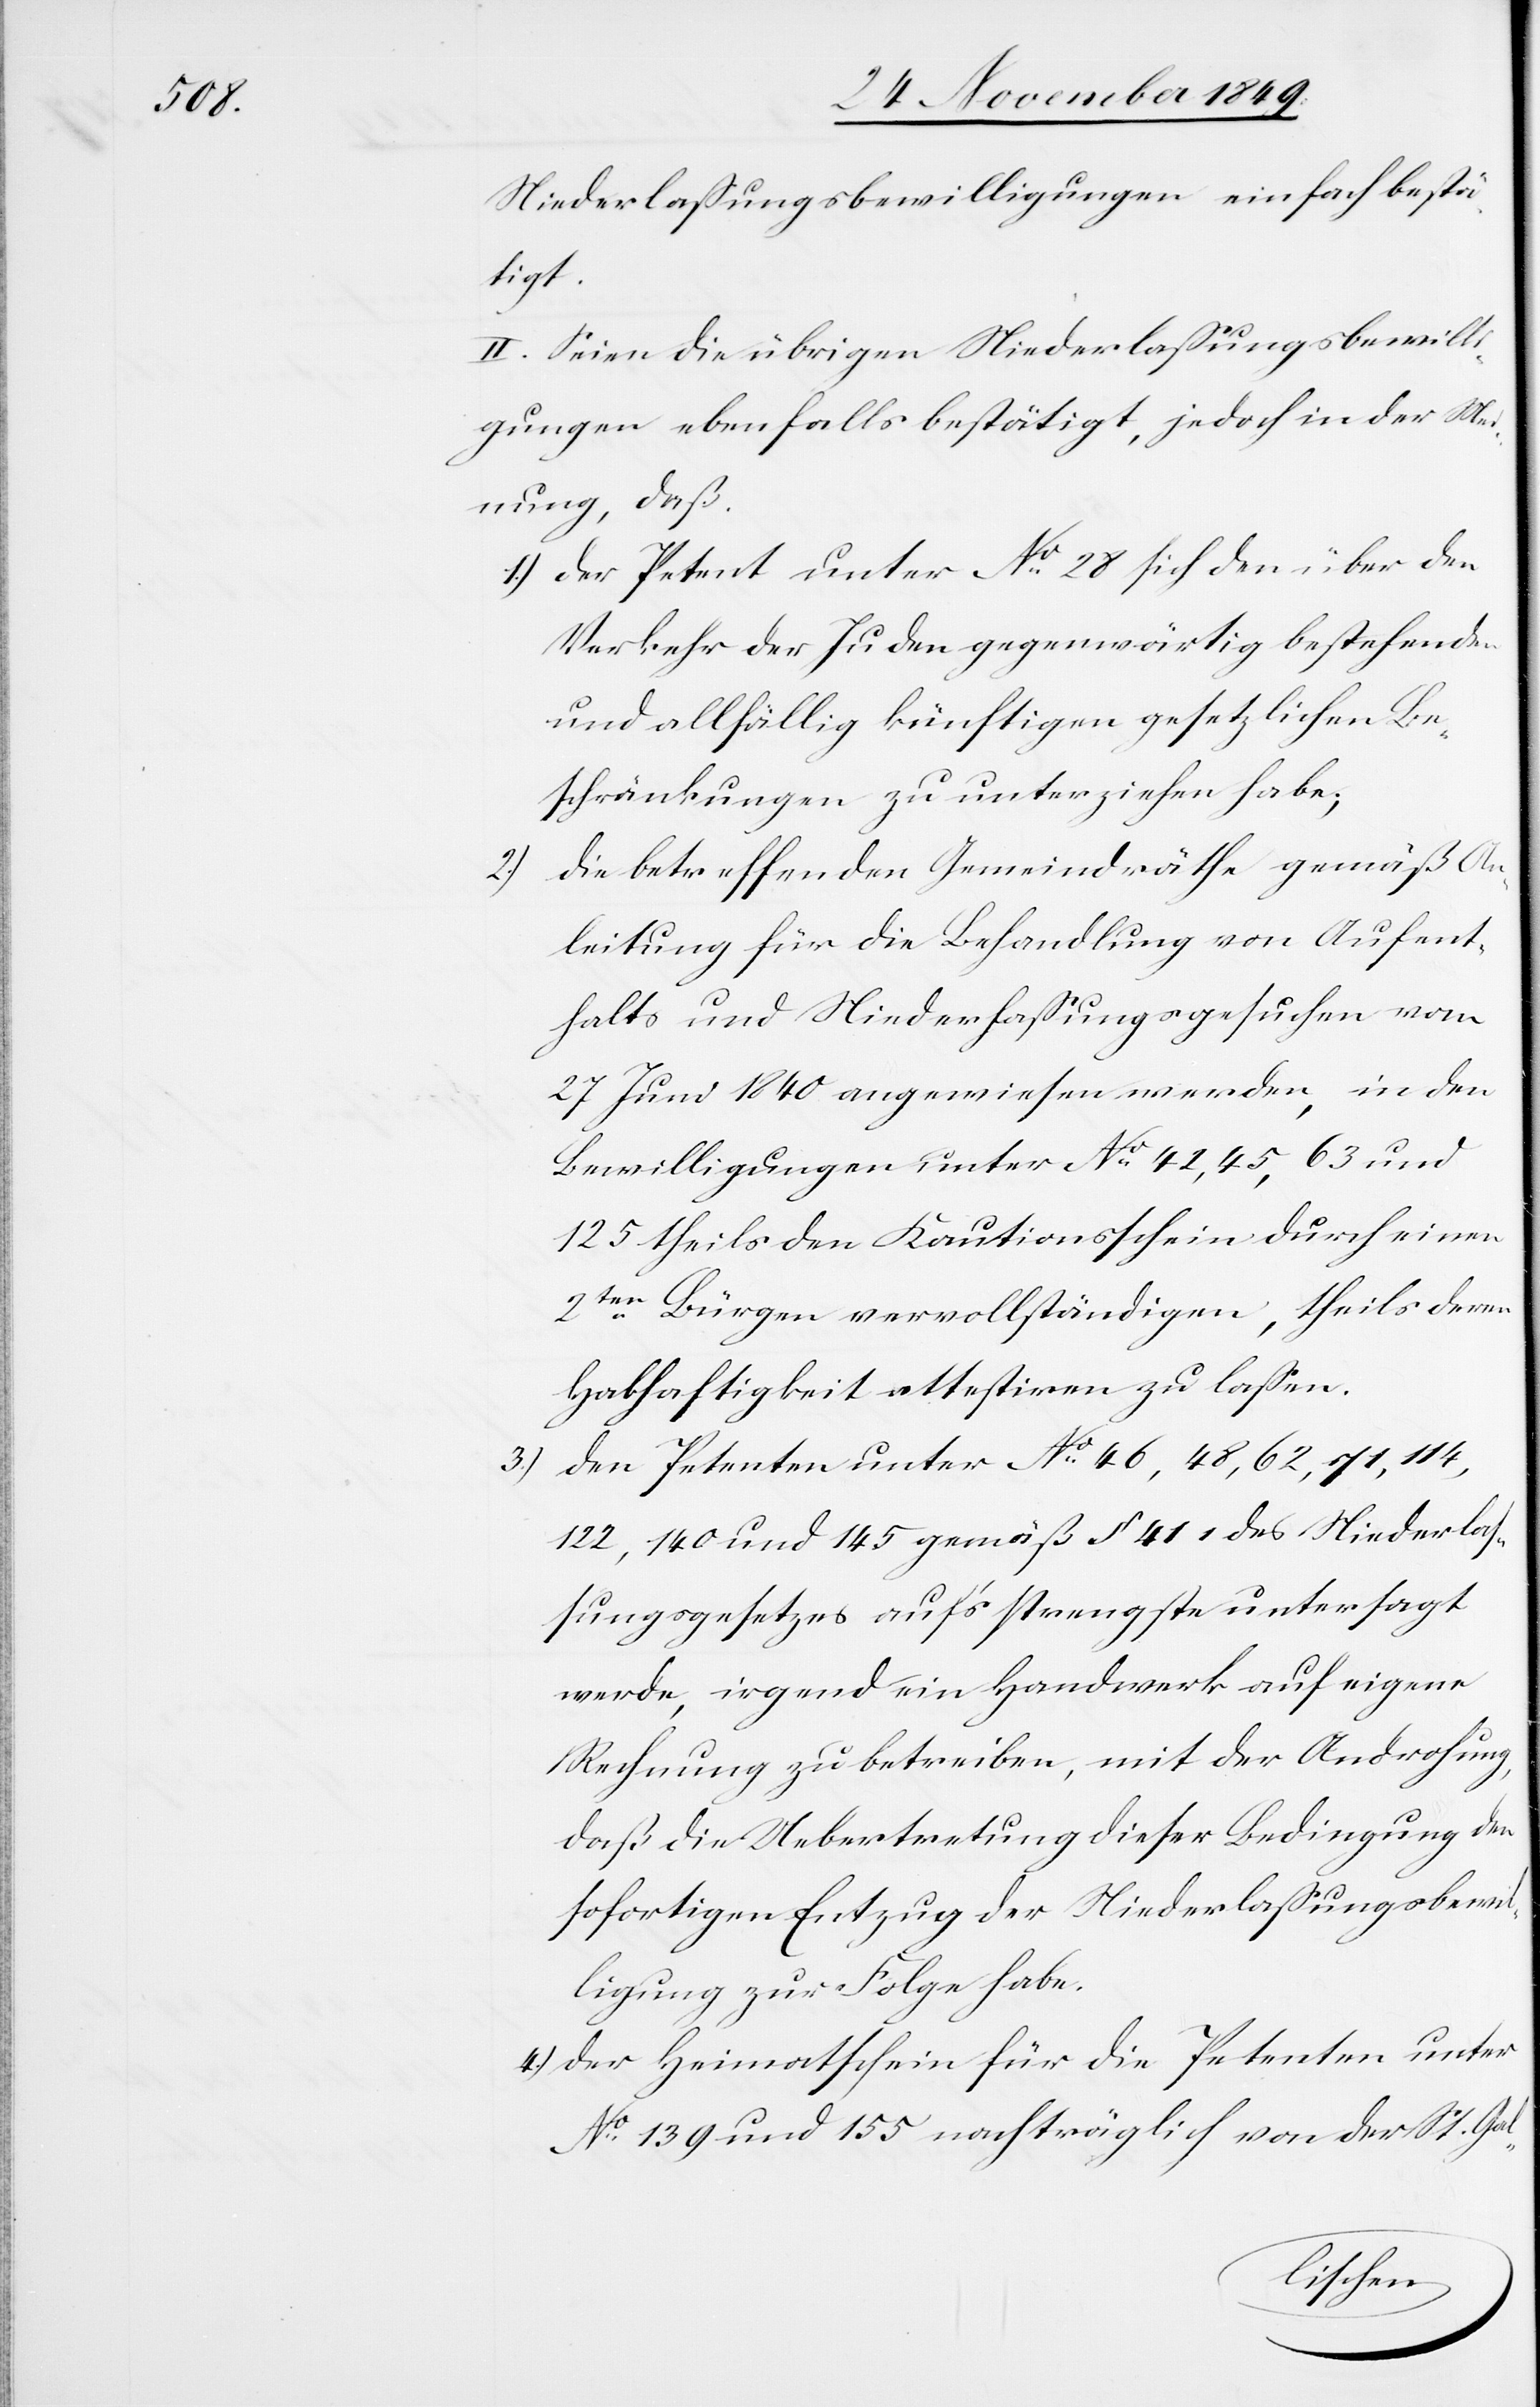
3.)

Niederlaßungsbewilligungen einfach bestä¬
tigt.
II. Seien die übrigen Niederlaßungsbewilli¬
gungen ebenfalls bestätigt, jedoch in der Mei¬
nung, daß.
1.) der Petent unter N° 28 sich den über den
Verkehr der Juden gegenwärtig bestehenden
und allfällig künftigen gesetzlichen Be¬
schränkungen zu unterziehen habe;
die betreffenden Gemeindräthe gemäß An¬
2.)
leitung für die Behandlung von Aufent¬
halts und Niederlaßungsgesuchen vom
27 Juni 1840 angewiesen werden, in den
Bewilligungen unter N° 42,45,63 und
125 theils den Kautionsschein durch einen
2ten Bürgen vervollständigen, theils deren
Habhaftigkeit attestiren zu laßen.
Den Petenten unter N° 46,48,62,71,114,122,140
und 145 gemäß § 41 1 des Niederlaß¬
ungsgesetzes auf’s strengste untersagt
werde, irgend ein Handwerk auf eigene
Rechnung zu betreiben, mit der Androhung,
daß die Uebertretung dieser Bedingung den
sofortigen Entzug der Niederlaßungsbewil¬
ligung zur Folge habe.
4.) Der Heimatschein für die Petenten unter
N° 139 und 155 nachträglich von der St. Ga¬
l-